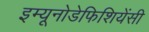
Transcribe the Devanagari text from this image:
इम्यूनोडेफिशियेंसी